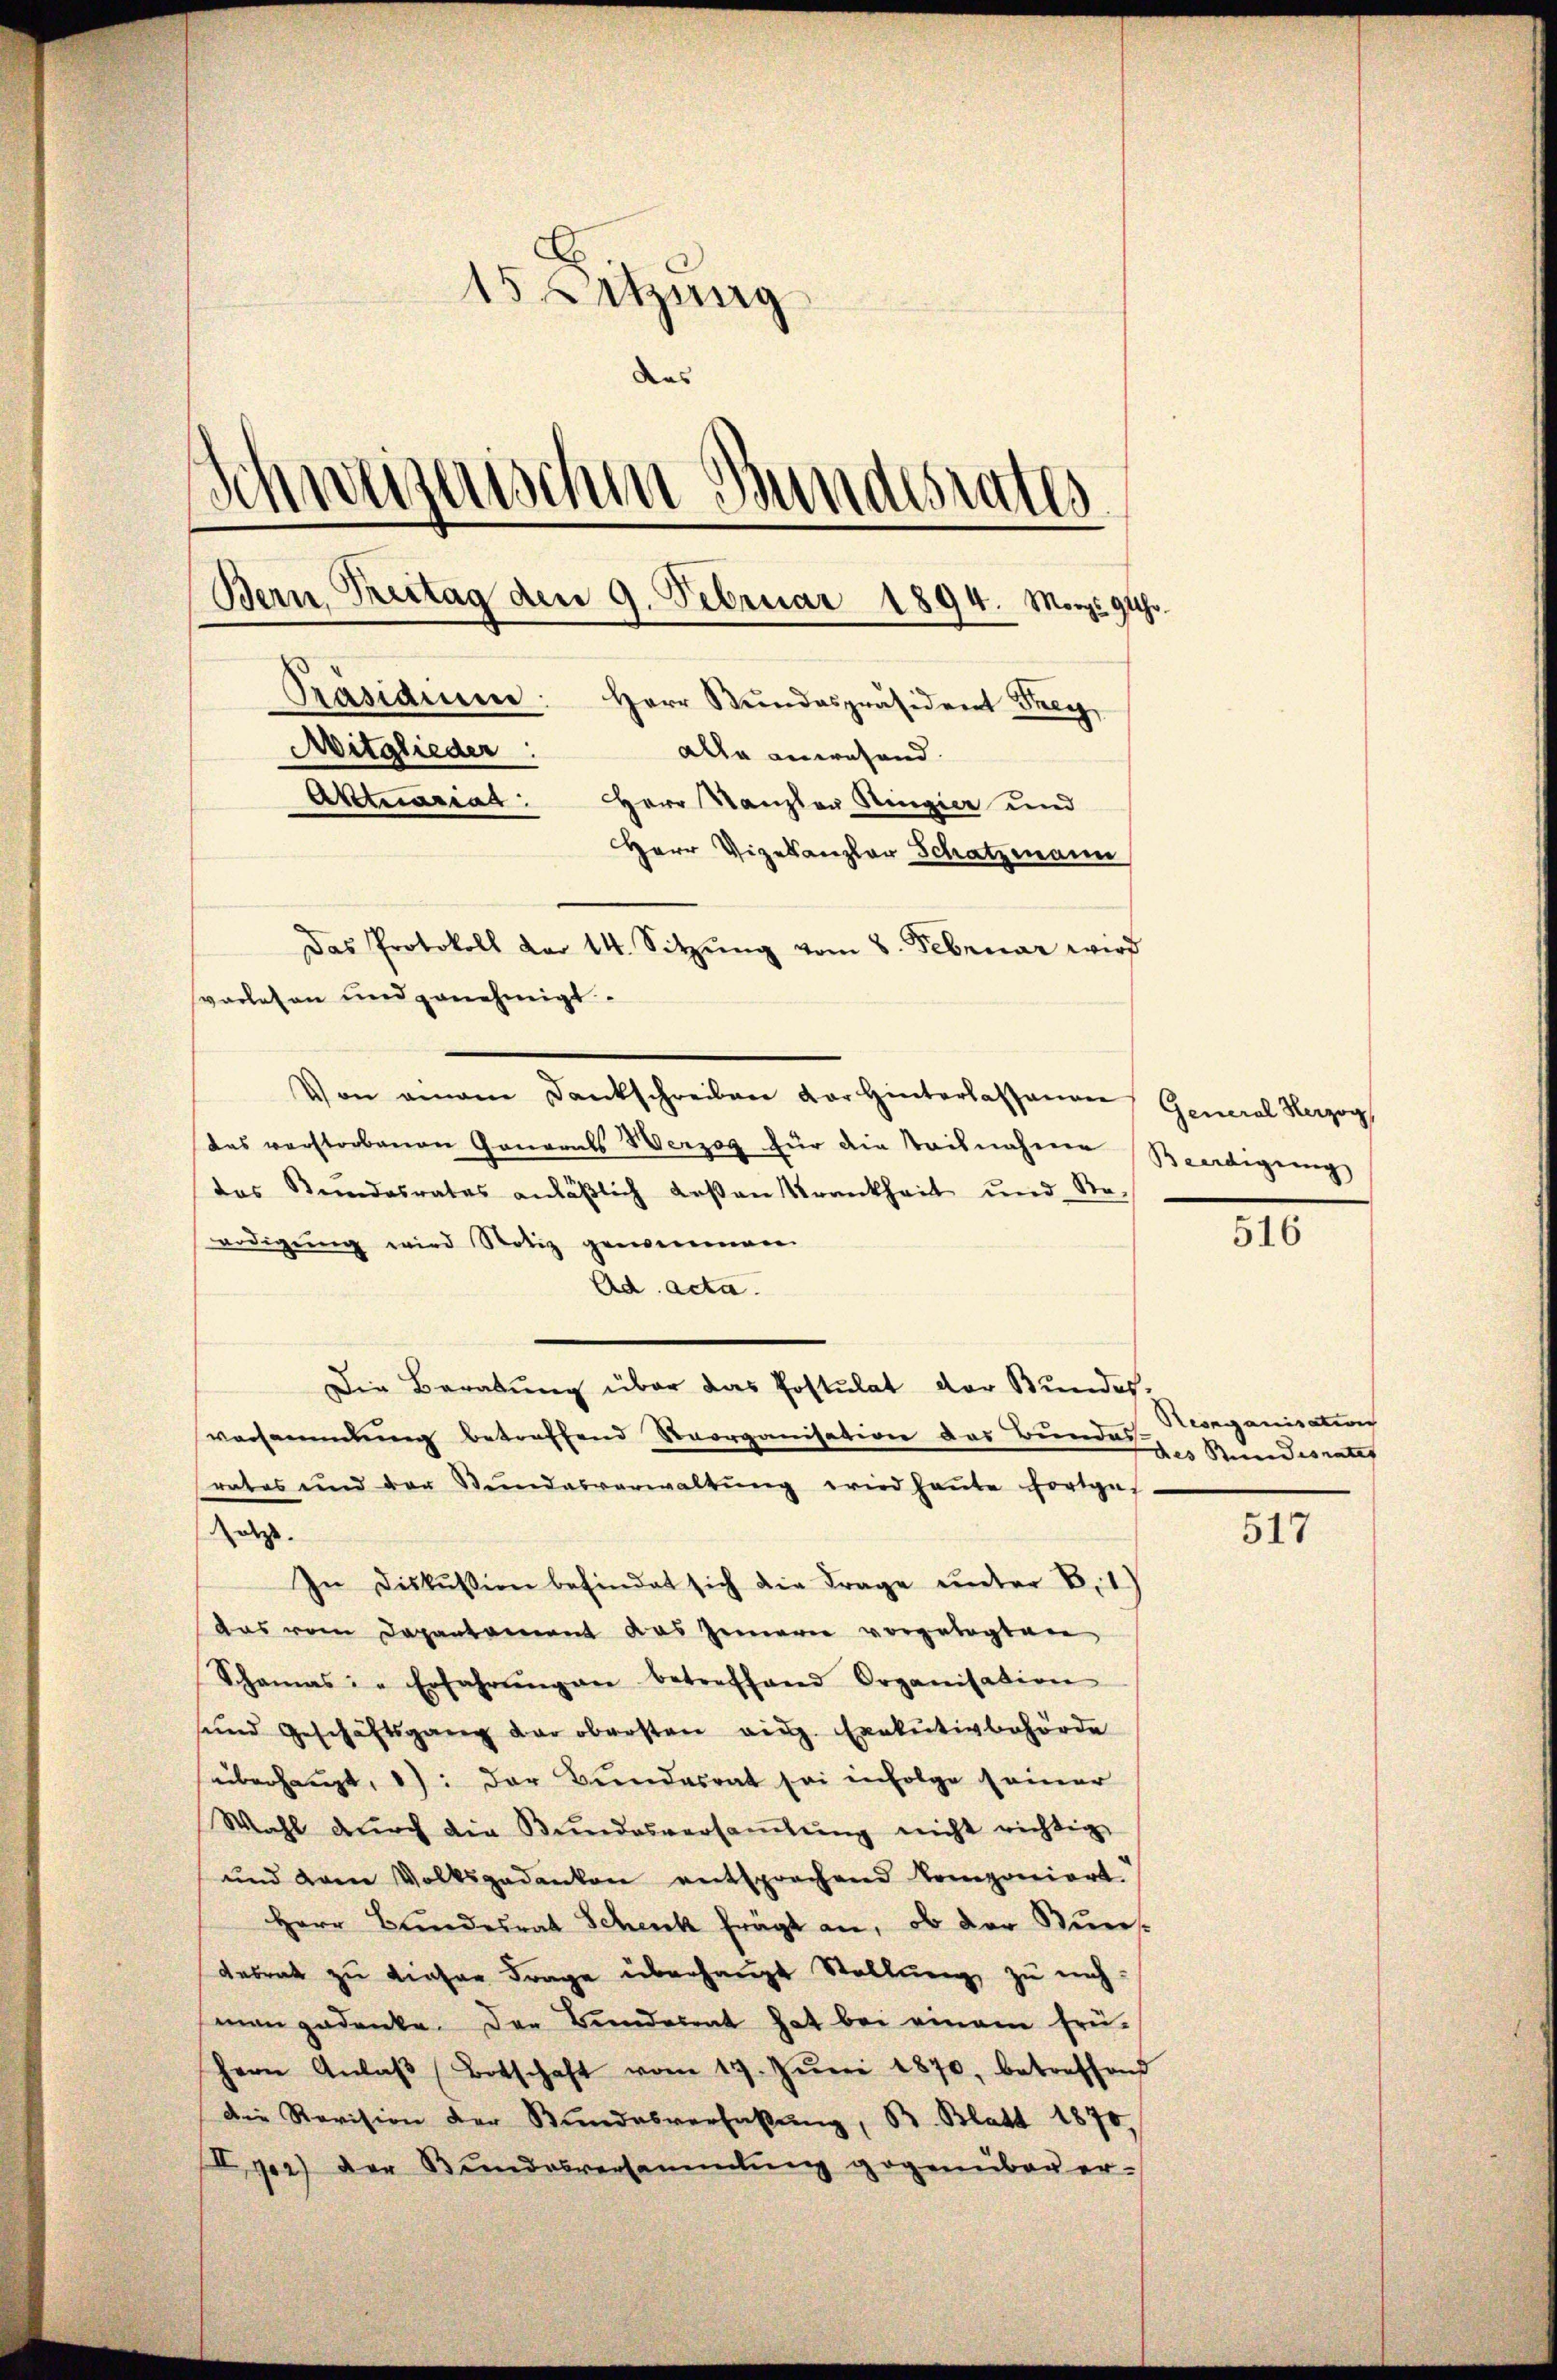
15 Sitzung
Das
Schweizerischen Bundesrates
Bern Vertag den 9. Februar 1894. Mart. 94.
Präsidien: Herr Stŭndespräsident Frey,
Mitglieder:
alle anwesend.
Aktuariat: Herr Kanzler Ringier und
Herr Vizekanzler Schatzmann
Das Protokoll der 14. Sitzŭng vom 8. Februar wird
svorlesen und genehmigt.

Von einem Dankschreiben der Hinterlassengen General Herzog
das verstorbenen Generals Herzog für die Staisnahme Beerdigung
das Kindesrates anläβlich deßen Krankheit und Re-
erdigung wird Notiz gemeinen
Ad acta.
Die Beratung über das Postulat der Bundes,
versammlung betreffend Naorganisation das Bundes
rates und der Stŭndesverwaltŭng wird heŭte fortges
age.
In Diskussion befindet sich die Frage ŭnter B. 1)
aas vom Departement das Innern vorgetagten
Schamas: " Erfahrŭng an betreffend Organisation
sund Geschäftsgang der obersten vie. Exekutivbehörde
überhaupt, 1): Der Bundesrat sei infolge seiner
Wahl durch die Bŭndesversaṁlŭng nicht richtig
und dem Volksgedanken entsprochend komponiert
Herr Bundesrat Schenk frägt an, ob der Stun
Gebrat zu dieser Frage überhaupt Stellung zu mich.
man gedenke. Der Beendesrat hat bei einem frü-
Hern Anlaβ Botschaft vom 17. Jŭni 1870, betreffend
Die Revision der Bundesverfaßung, B. Blatt 1870,
ger) der Bŭndesversammlung gegenüber er-

516

Reorganisation
des Stundesrates

517